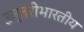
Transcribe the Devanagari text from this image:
उत्तरीभारतीय